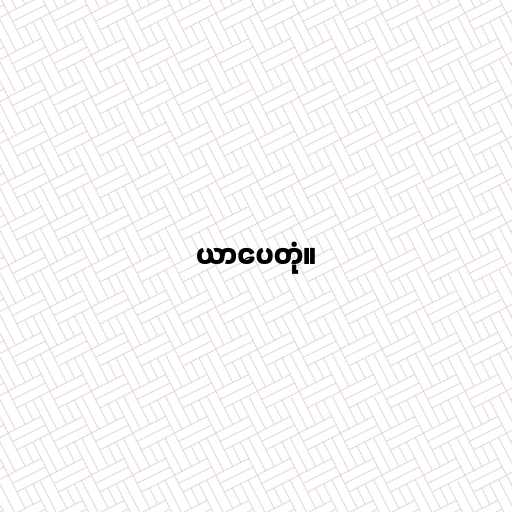
ယာပေတုံ။